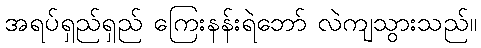
အရပ်ရှည်ရှည် ကြေးနန်းရဲဘော် လဲကျသွားသည်။